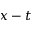
x - t